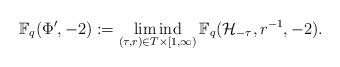
LaTeX: \begin{align*}\mathbb{F}_q(\Phi',-2):=\operatornamewithlimits{lim\,ind}_{(\tau,r)\in T\times[1,\infty)}\mathbb{F}_q(\mathcal{H}_{-\tau},r^{-1},-2).\end{align*}